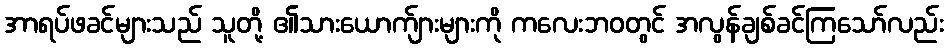
အာရပ်ဖခင်များသည် သူတို့ ၏သားယောက်ျားများကို ကလေးဘဝတွင် အလွန်ချစ်ခင်ကြသော်လည်း